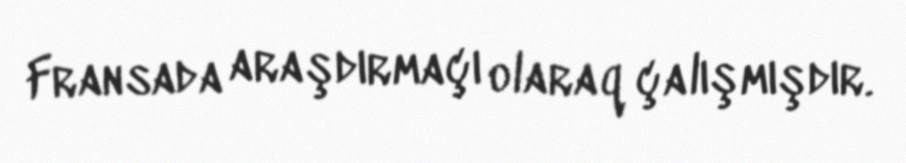
Fransada araşdırmaçı olaraq çalışmışdır.